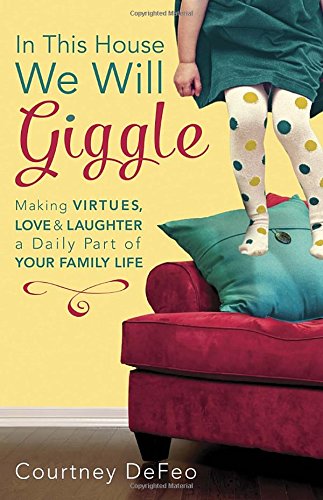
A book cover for In This House, We Will Giggle: Making Virtues, Love, and Laughter a Daily Part of Your Family Life; Courtney DeFeo; Parenting & Relationships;